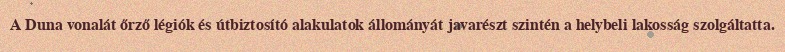
A Duna vonalát őrző légiók és útbiztosító alakulatok állományát javarészt szintén a helybeli lakosság szolgáltatta.